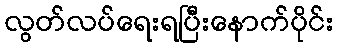
လွတ်လပ်ရေးရပြီးနောက်ပိုင်း